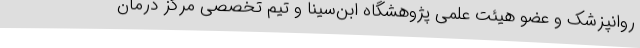
روانپزشک و عضو هیئت علمی پژوهشگاه ابن‌سینا و تیم تخصصی مرکز درمان